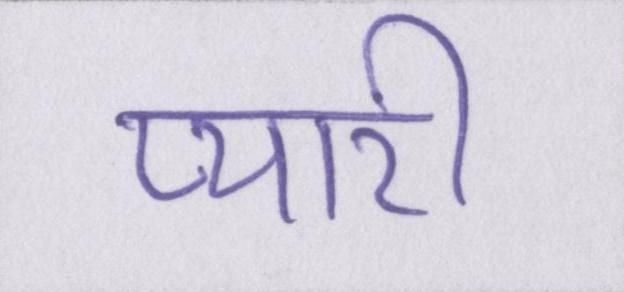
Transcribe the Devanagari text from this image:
प्यारी